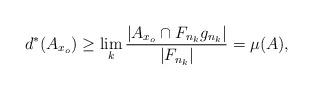
LaTeX: \begin{align*}d^*(A_{x_o}) \geq \lim_k \frac{|A_{x_o} \cap F_{n_k} g_{n_k}|}{|F_{n_k}|} = \mu(A),\end{align*}